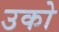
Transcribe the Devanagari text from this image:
उको